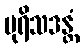
ပုရိသဒန္တံ